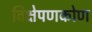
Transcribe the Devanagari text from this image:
विक्षेपणकोण